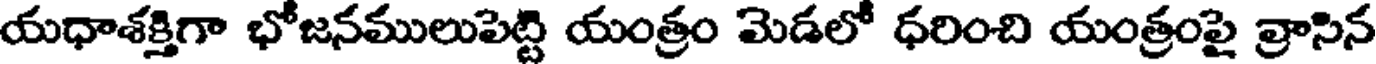
యధాశక్తిగా భోజనములుపెట్టి యంత్రం మెడలో ధరించి యంత్రంపై వ్రాసిన